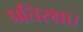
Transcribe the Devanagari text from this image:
प्रतिरक्षा।